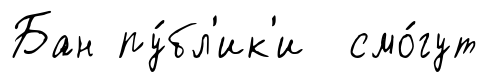
Бан пу́бл'ик'и смо́гут